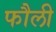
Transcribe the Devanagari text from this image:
फौली